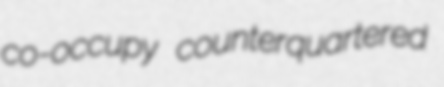
co-occupy counterquartered